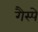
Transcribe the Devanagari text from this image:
गैस्पे